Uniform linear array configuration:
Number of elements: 32
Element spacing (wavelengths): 0.75
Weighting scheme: hann
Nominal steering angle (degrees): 60
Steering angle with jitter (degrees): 61.843
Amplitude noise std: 0.05
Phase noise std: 0.05

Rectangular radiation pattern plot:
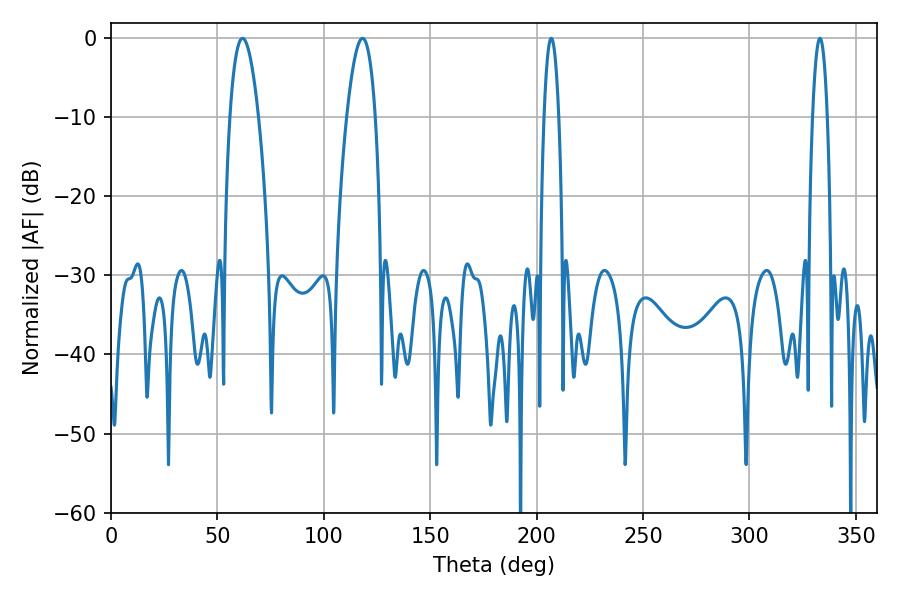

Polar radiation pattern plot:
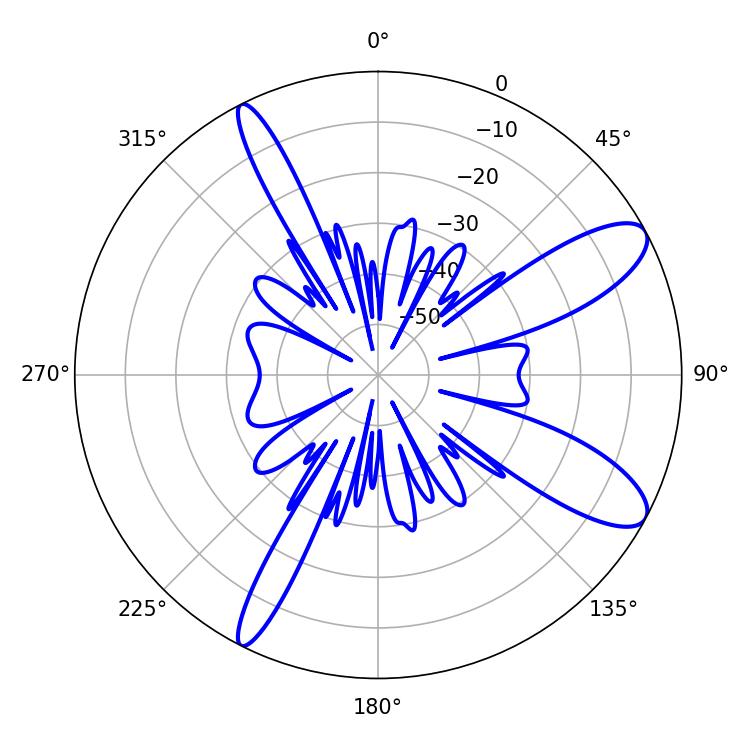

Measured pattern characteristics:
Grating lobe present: TRUE
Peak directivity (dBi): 10.453
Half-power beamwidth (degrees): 7.38
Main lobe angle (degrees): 61.74